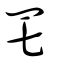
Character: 𦉱